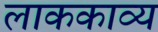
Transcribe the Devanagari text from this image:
लाककाव्य